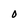
Character: 0